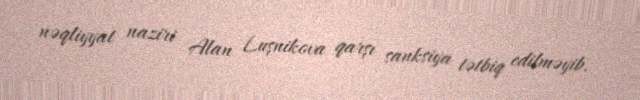
nəqliyyat naziri Alan Luşnikova qarşı sanksiya tətbiq edilməyib.